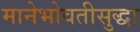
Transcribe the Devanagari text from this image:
मानेभोवतीसुद्धा